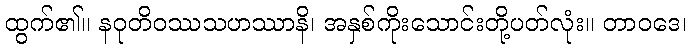
ထွက်၏။ နဝုတိဝဿသဟဿာနိ၊ အနှစ်ကိုးသောင်းတို့ပတ်လုံး။ တာဝဒေ၊